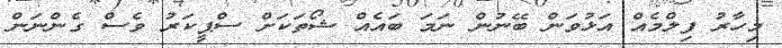
މިހާރު ފިލްމެއް އަޅުވަން ބޭނުން ނަމަ ބައެއް ޝޯތަކަށް ސްޕީކަރު ވެސް ގެންނަން